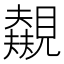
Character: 𬢃